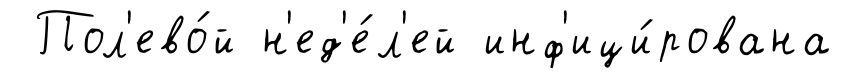
Пол'ево́й н'ед'е́л'ей инф'ици́рована